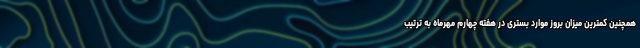
همچنین کمترین میزان بروز موارد بستری در هفته چهارم مهرماه به ترتیب